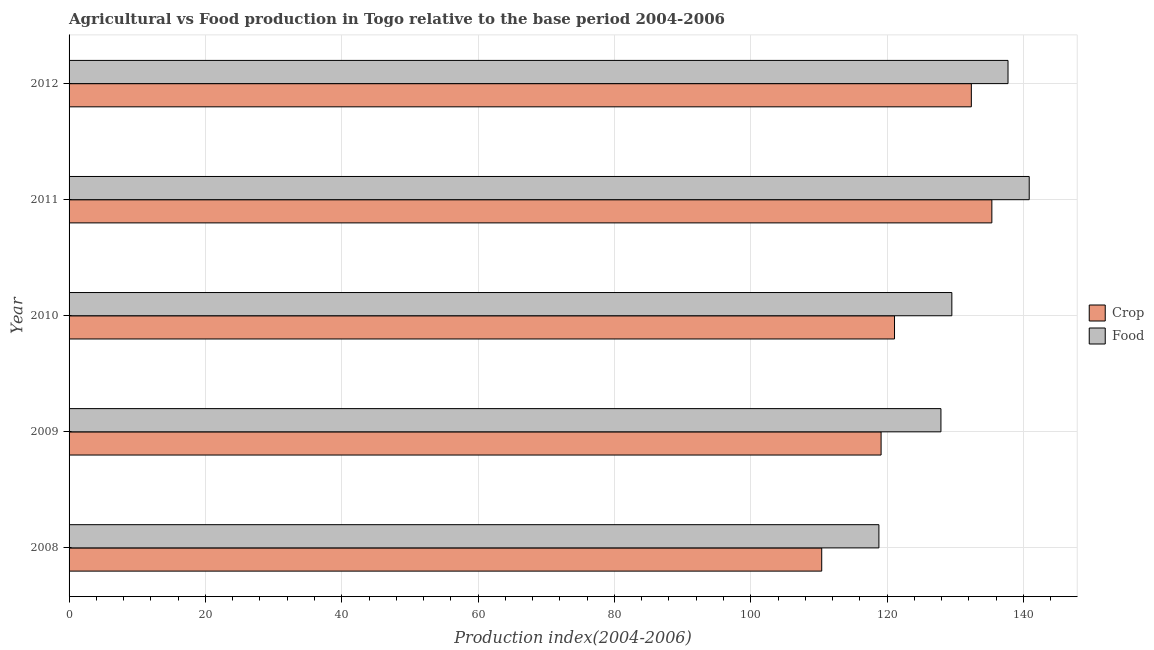
| Year | Crop | Food |
 | --- | --- | --- |
 | 2008 | 110 | 119 |
 | 2009 | 119 | 128 |
 | 2010 | 121 | 130 |
 | 2011 | 135 | 141 |
 | 2012 | 132 | 138 |